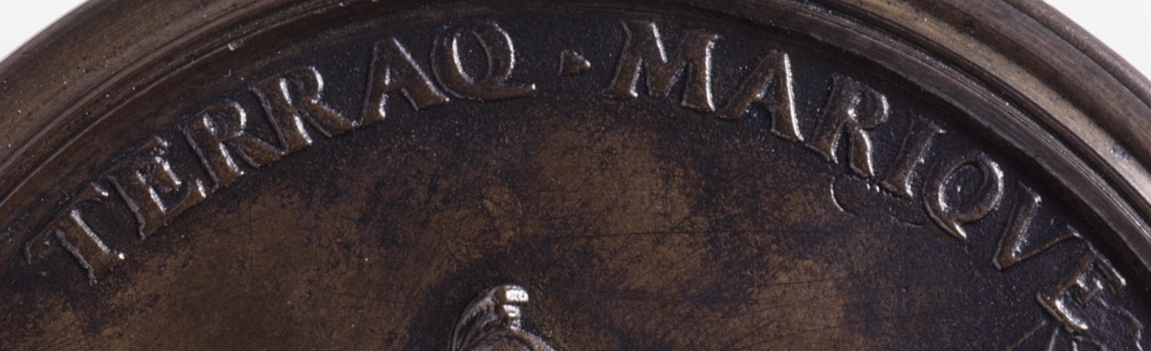
TERRAQ.MARIQVE